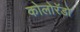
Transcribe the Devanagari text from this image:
कोलोरॅडो